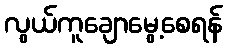
လွယ်ကူချောမွေ့စေရန်